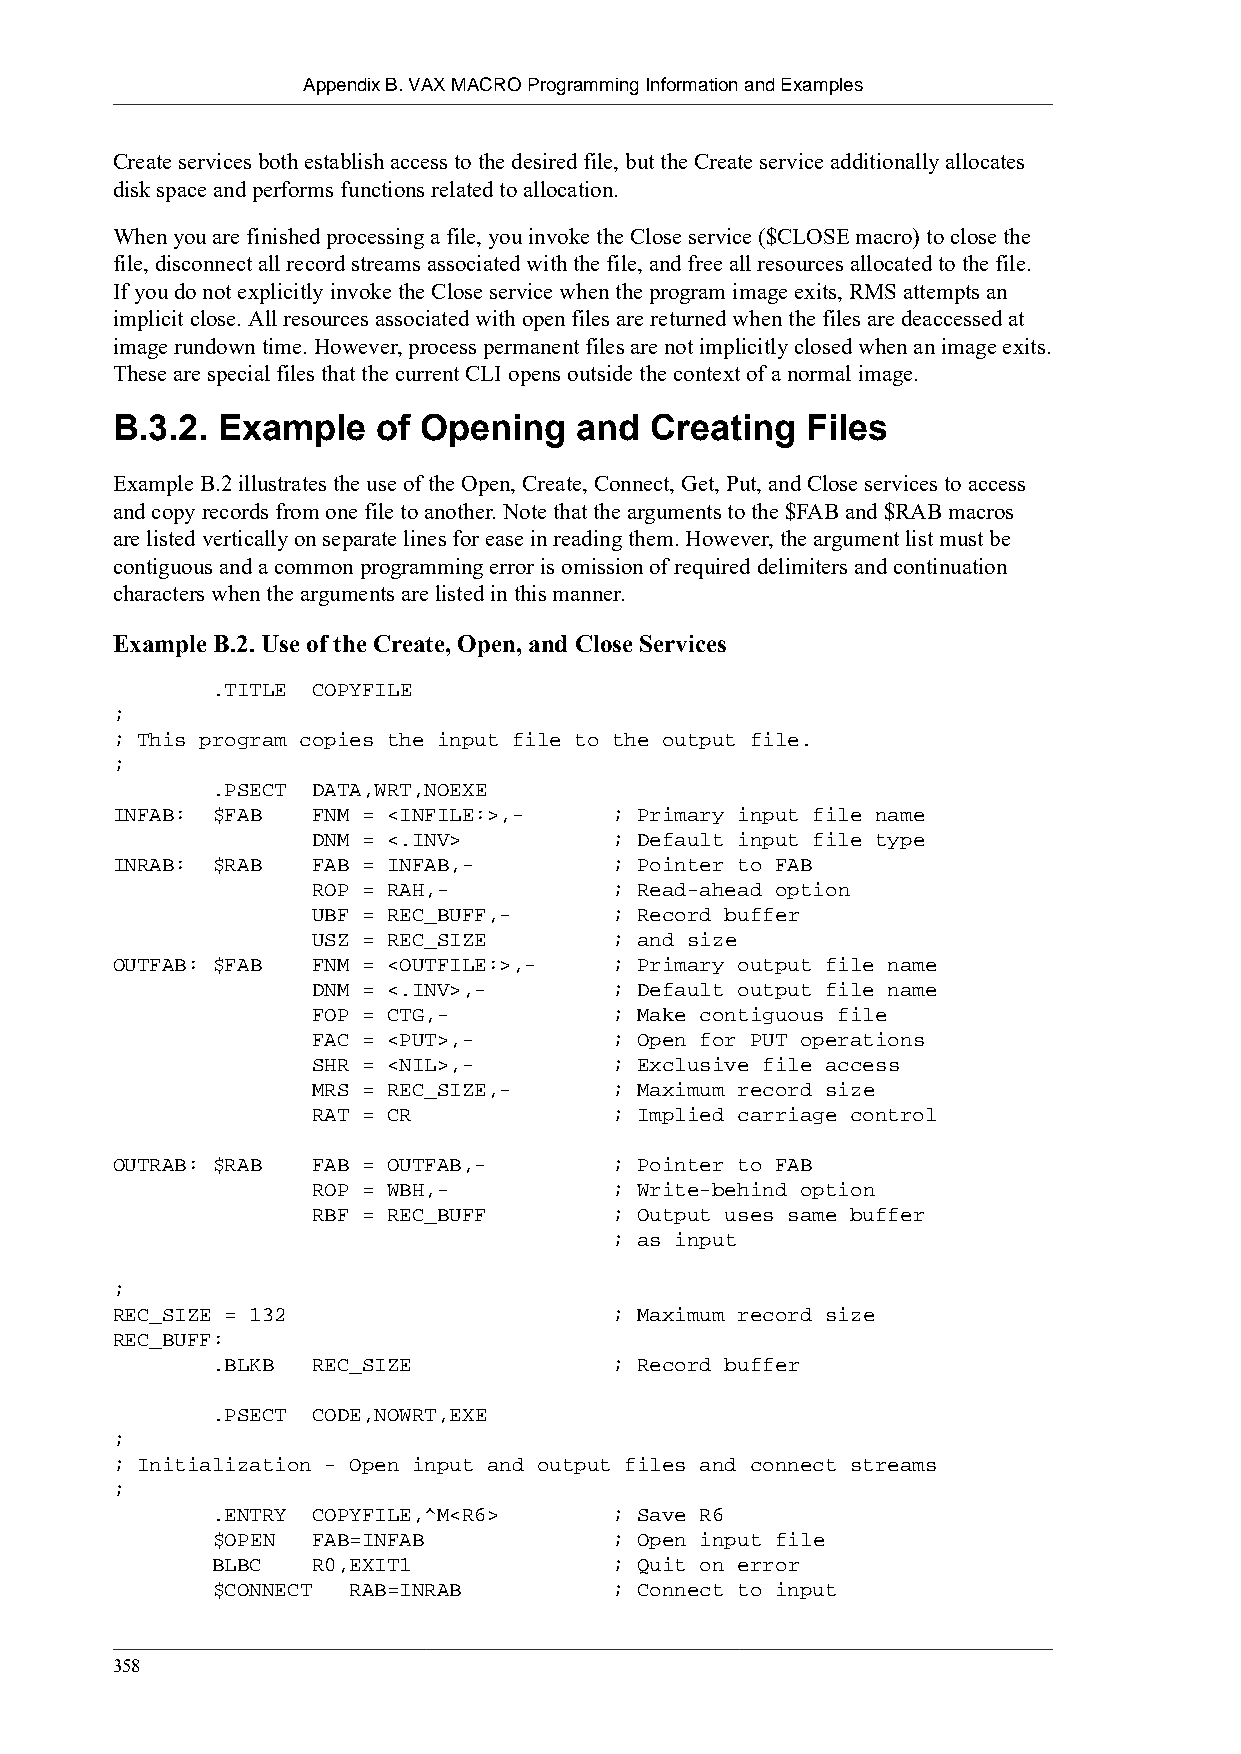
Appendix B. VAX MACRO Programming Information and Examples
 Create services both establish access to the desired file, but the Create service additionally allocates
 disk space and performs functions related to allocation.
 When you are finished processing a file, you invoke the Close service ($CLOSE macro) to close the
 file, disconnect all record streams associated with the file, and free all resources allocated to the file.
 If you do not explicitly invoke the Close service when the program image exits, RMS attempts an
 implicit close. All resources associated with open files are returned when the files are deaccessed at
 image rundown time. However, process permanent files are not implicitly closed when an image exits.
 These are special files that the current CLI opens outside the context of a normal image.
 B.3.2. Example    of Opening   and  Creating  Files
 Example B.2 illustrates the use of the Open, Create, Connect, Get, Put, and Close services to access
 and copy records from one file to another. Note that the arguments to the $FAB and $RAB macros
 are listed vertically on separate lines for ease in reading them. However, the argument list must be
 contiguous and a common programming error is omission of required delimiters and continuation
 characters when the arguments are listed in this manner.
 Example B.2. Use of the Create, Open, and Close Services
 .TITLE COPYFILE
 ;
 ; This program copies the input file to the output file.
 ;
 .PSECT DATA,WRT,NOEXE
 INFAB: $FAB   FNM = <INFILE:>,-   ; Primary input file name
 DNM = <.INV>        ; Default input file type
 INRAB: $RAB   FAB = INFAB,-       ; Pointer to FAB
 ROP = RAH,-         ; Read-ahead option
 UBF = REC_BUFF,-    ; Record buffer
 USZ = REC_SIZE      ; and size
 OUTFAB: $FAB  FNM = <OUTFILE:>,-  ; Primary output file name
 DNM = <.INV>,-      ; Default output file name
 FOP = CTG,-         ; Make contiguous file
 FAC = <PUT>,-       ; Open for PUT operations
 SHR = <NIL>,-       ; Exclusive file access
 MRS = REC_SIZE,-    ; Maximum record size
 RAT = CR            ; Implied carriage control
 OUTRAB: $RAB  FAB = OUTFAB,-      ; Pointer to FAB
 ROP = WBH,-         ; Write-behind option
 RBF = REC_BUFF      ; Output uses same buffer
 ; as input
 ;
 REC_SIZE = 132                    ; Maximum record size
 REC_BUFF:
 .BLKB  REC_SIZE            ; Record buffer
 .PSECT CODE,NOWRT,EXE
 ;
 ; Initialization - Open input and output files and connect streams
 ;
 .ENTRY COPYFILE,^M<R6>     ; Save R6
 $OPEN  FAB=INFAB           ; Open input file
 BLBC   R0,EXIT1            ; Quit on error
 $CONNECT RAB=INRAB         ; Connect to input
 358